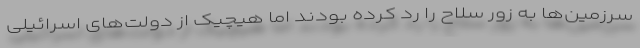
سرزمین‌ها به زور سلاح را رد کرده بودند اما هیچیک از دولت‌های اسرائیلی